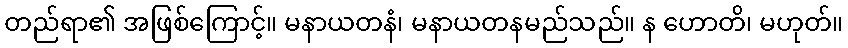
တည်ရာ၏ အဖြစ်ကြောင့်။ မနာယတနံ၊ မနာယတနမည်သည်။ န ဟောတိ၊ မဟုတ်။